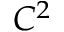
C ^ { 2 }